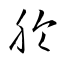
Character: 朎